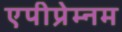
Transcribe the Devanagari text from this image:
एपीप्रेम्नम